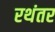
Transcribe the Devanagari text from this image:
रथंतर